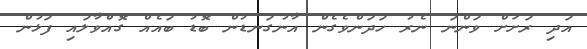
އަދި ރަށަށް ވަންނަ ނެރު ހަދަންވެގެން އާނުގަނޑުން ބޮޑު ބައެއް ގޮއްވާލައި ފަޅުން